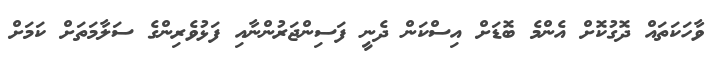
ވާހަކަތައް ދޮގުކޮށް އެންމެ ބޮޑަށް އިސްކަން ދެނީ ފަސިންޖަރުންނާއި ފަޅުވެރިންގެ ސަލާމަތަށް ކަމަށް